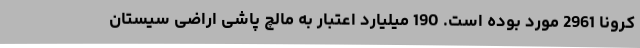
کرونا 2961 مورد بوده است. 190 میلیارد اعتبار به مالچ پاشی اراضی سیستان